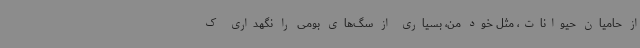
از حامیان حیوانات، مثل خود من، بسیاری از سگ‌های بومی را نگهداری ک